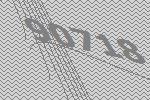
90718